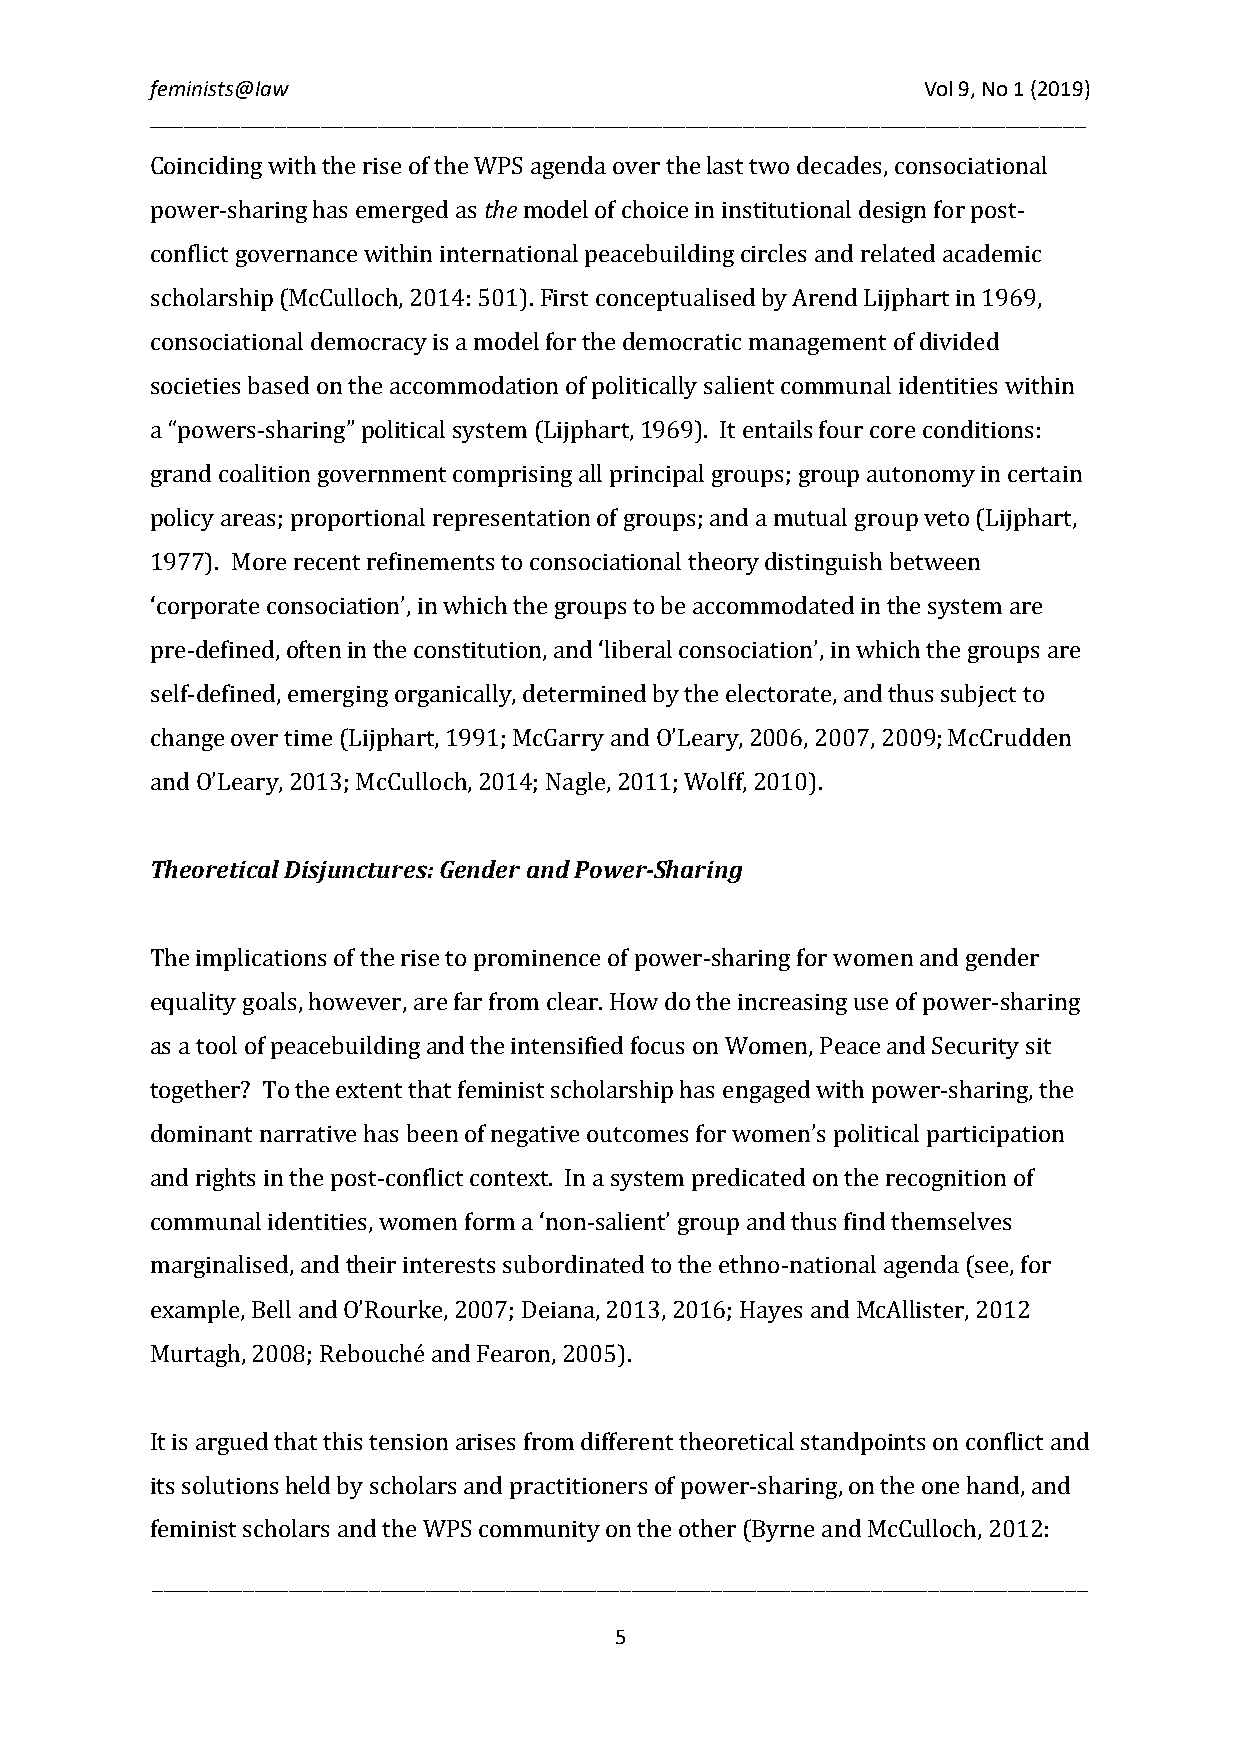
feminists@law                                      Vol 9, No 1 (2019)
 __________________________________________________________________________________
 the
 Coinciding with the rise of the WPS agenda over the last two decades, consociational
 power-sharing has emerged as model of choice in institutional design for post-
 conflict governance within international peacebuilding circles and related academic
 scholarship (McCulloch, 2014: 501). First conceptualised by Arend Lijphart in 1969,
 consociational democracy is a model for the democratic management of divided
 societies based on the accommodation of politically salient communal identities within
 a “powers-sharing” political system (Lijphart, 1969). It entails four core conditions:
 grand coalition government comprising all principal groups; group autonomy in certain
 policy areas; proportional representation of groups; and a mutual group veto (Lijphart,
 1977). More recent refinements to consociational theory distinguish between
 ‘corporate consociation’, in which the groups to be accommodated in the system are
 pre-defined, often in the constitution, and ‘liberal consociation’, in which the groups are
 self-defined, emerging organically, determined by the electorate, and thus subject to
 change over time (Lijphart, 1991; McGarry and O’Leary, 2006, 2007, 2009; McCrudden
 and O’Leary, 2013; McCulloch, 2014; Nagle, 2011; Wolff, 2010).
 Theoretical Disjunctures: Gender and Power-Sharing
 The implications of the rise to prominence of power-sharing for women and gender
 equality goals, however, are far from clear. How do the increasing use of power-sharing
 as a tool of peacebuilding and the intensified focus on Women, Peace and Security sit
 together? To the extent that feminist scholarship has engaged with power-sharing, the
 dominant narrative has been of negative outcomes for women’s political participation
 and rights in the post-conflict context. In a system predicated on the recognition of
 communal identities, women form a ‘non-salient’ group and thus find themselves
 marginalised, and their interests subordinated to the ethno-national agenda (see, for
 example, Bell and O’Rourke, 2007; Deiana, 2013, 2016; Hayes and McAllister, 2012
 Murtagh, 2008; Rebouché and Fearon, 2005).
 It is argued that this tension arises from different theoretical standpoints on conflict and
 its solutions held by scholars and practitioners of power-sharing, on the one hand, and
 f_e_m__in__is_t_ s_c_h__o_la_r_s_ _a_n_d_ _th__e_ W__P_S__ c_o_m__m__u_n_i_t_y_ o_n__ t_h_e_ _o_th__e_r_ (_B_y_r_n__e_ a_n_d__ M__c_C_u_l_lo__c_h_, _2_0_1_2__: ___
 5